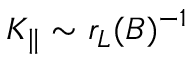
K _ { \parallel } \sim r _ { L } ( B ) ^ { - 1 }